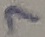
Text: 7